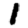
Digit: 1